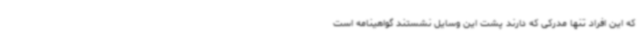
که این افراد تنها مدرکی که دارند پشت این وسایل نشستند گواهینامه است